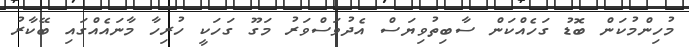
މުހިންމުކަން ބޮޑު ގަހެއްކަން ސާބިތުވިޔަސް އެދުވަސްވަރު މަގޫ ގަހަކީ ހުރިހާ މާނައެއްގައި ބޭކާރު